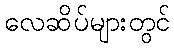
လေဆိပ်များတွင်